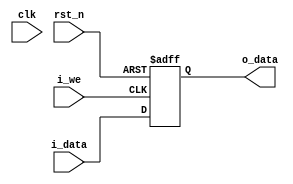
module r16(
    input clk, rst_n, 
    input i_we,
    input [15:0] i_data,
    output wire [15:0] o_data
    );    
    
    // Registers
    reg [15:0] r_data;
    
    always @(posedge i_we or negedge  rst_n) begin
        if(!rst_n) begin
            r_data <= 16'h0000;
        end else begin      
            if(i_we) begin
                r_data <= i_data;
            end
        end
    end
    
    assign o_data = r_data;
endmodule